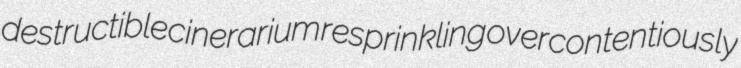
destructible cinerarium resprinkling overcontentiously